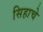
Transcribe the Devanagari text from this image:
सिहाचे